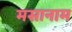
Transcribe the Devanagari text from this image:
मसानाम